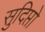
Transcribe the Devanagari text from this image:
सुदिप्तो